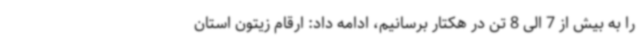
را به بیش از 7 الی 8 تن در هکتار برسانیم، ادامه داد: ارقام زیتون استان